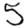
Digit: 5